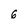
Character: 6